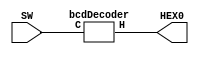
`timescale 1ns / 1ns // `timescale time_unit/time_precision


/* top level entity for binary coded decimal (BCD) to hex display */
module hexDisplay (input [3:0] SW, output [6:0] HEX0);

				// SW is the input bus and HEX0 is the output bus
				bcdDecoder C1 (.C(SW), .H(HEX0));

endmodule // hexDisplay


/* BCD to seven-segment display decoder */
module bcdDecoder (input [3: 0] C, output [6:0] H);

				// maxterms for every segment LED
				assign H[0] = (C[3]|C[2]|C[1]|!C[0]) & (C[3]|!C[2]|C[1]|C[0]) & 
								(!C[3]|C[2]|!C[1]|!C[0]) & (!C[3]|!C[2]|C[1]|!C[0]);
								
				assign H[1] = (C[3]|!C[2]|C[1]|!C[0]) & (C[3]|!C[2]|!C[1]|C[0]) & 
								(!C[3]|C[2]|!C[1]|!C[0]) & (!C[3]|!C[2]|C[1]|C[0]) & 
								(!C[3]|!C[2]|!C[1]|C[0]) & (!C[3]|!C[2]|!C[1]|!C[0]);
								
				assign H[2] = (C[3]|C[2]|!C[1]|C[0]) & (!C[3]|!C[2]|C[1]|C[0]) & 
								(!C[3]|!C[2]|!C[1]|C[0]) & (!C[3]|!C[2]|!C[1]|!C[0]);
								
				assign H[3] = (C[3]|C[2]|C[1]|!C[0]) & (C[3]|!C[2]|C[1]|C[0]) & 
								(C[3]|!C[2]|!C[1]|!C[0]) & (!C[3]|C[2]|C[1]|!C[0]) & 
								(!C[3]|C[2]|!C[1]|C[0]) & (!C[3]|!C[2]|!C[1]|!C[0]);
								
				assign H[4] = (C[3]|C[2]|C[1]|!C[0]) & (C[3]|C[2]|!C[1]|!C[0]) & 
								(C[3]|!C[2]|C[1]|C[0]) & (C[3]|!C[2]|C[1]|C[0]) &
								(C[3]|!C[2]|C[1]|!C[0]) & (C[3]|!C[2]|!C[1]|!C[0]) &
								(!C[3]|C[2]|C[1]|!C[0]);
								
				assign H[5] = (C[3]|C[2]|C[1]|!C[0]) & (C[3]|C[2]|!C[1]|C[0]) & 
								(C[3]|C[2]|!C[1]|!C[0]) & (C[3]|!C[2]|!C[1]|!C[0]) & 
								(!C[3]|!C[2]|C[1]|!C[0]);
								
				assign H[6] = (C[3]|C[2]|C[1]|C[0]) & (C[3]|C[2]|C[1]|!C[0]) & 
								(C[3]|!C[2]|!C[1]|!C[0]) & (!C[3]|!C[2]|C[1]|C[0]);

endmodule // bcdDecoder